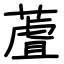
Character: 蔖